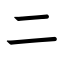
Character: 二